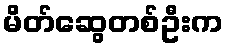
မိတ်ဆွေတစ်ဦးက